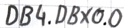
Text: DB4.DBX0.0